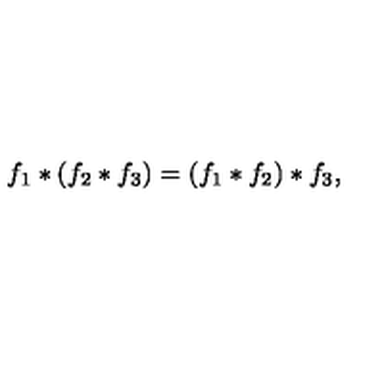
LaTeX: f _ { 1 } * ( f _ { 2 } * f _ { 3 } ) = ( f _ { 1 } * f _ { 2 } ) * f _ { 3 } ,